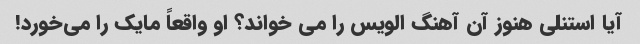
آیا استنلی هنوز آن آهنگ الویس را می خواند؟ او واقعاً مایک را می‌خورد!